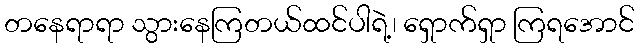
တနေရာရာ သွားနေကြတယ်ထင်ပါရဲ့၊ ရှောက်ရှာ ကြရအောင်